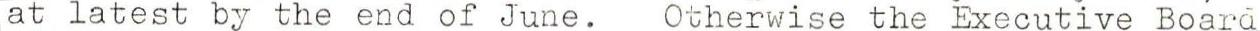
at latest by the end of June. Otherwise the Executive Board